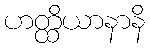
ဟတ္ထိယာနာနိ